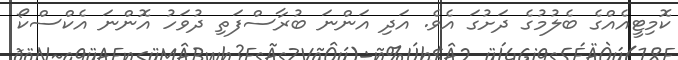
ކޮމިޓީއެއްގެ ބެލުމުގެ ދަށުގަ އެވެ. އަދި އަންނަ ބުރާސްފަތި ދުވަހު އޮންނަ އެކްސްކޯ